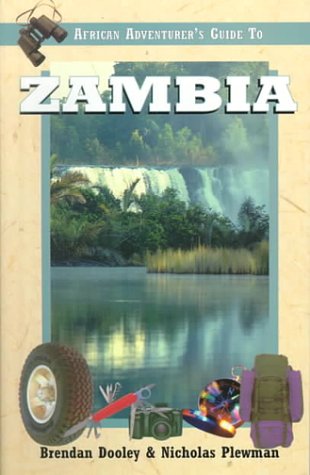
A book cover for African Adventurer's Guide to Zambia; Brendan Dooley; Travel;